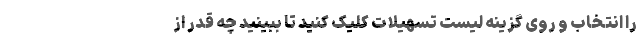
را انتخاب و روی گزینه لیست تسهیلات کلیک کنید تا ببینید چه قدر از